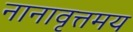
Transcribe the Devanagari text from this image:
नानावृत्तमय